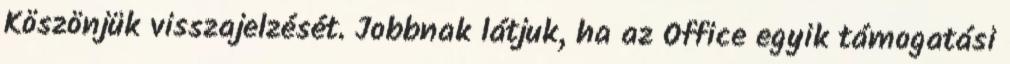
Köszönjük visszajelzését. Jobbnak látjuk, ha az Office egyik támogatási